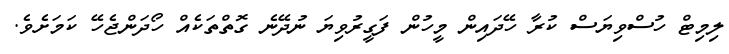
ލިމިޓް ހުސްވިޔަސް ކުރާ ހޭދައިން މީހުން ފަގީރުވިޔަ ނުދޭނެ ގޮތްތަކެއް ހޯދަންޖެހޭ ކަމަށެވެ.